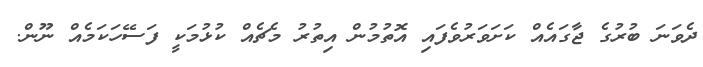
ދެވަނަ ބުރުގެ ޖާގައެއް ކަށަވަރުވެފައި އޮތުމުން އިތުރު މެޗެއް ކުޅުމަކީ ފަސޭހަކަމެއް ނޫން.